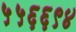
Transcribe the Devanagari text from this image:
५५६६९४